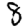
Digit: 8